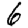
Digit: 6